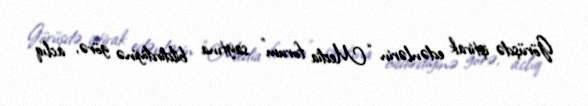
Görüşdə iştirak edənlərin “Media forum” saytına bildirdiyinə görə, aclıq